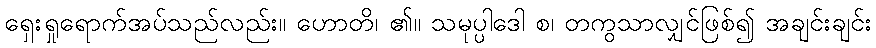
ရှေးရှုရောက်အပ်သည်လည်း။ ဟောတိ၊ ၏။ သမုပ္ပါဒေါ စ၊ တကွသာလျှင်ဖြစ်၍ အချင်းချင်း